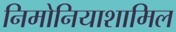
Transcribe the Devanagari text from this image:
निमोनियाशामिल